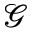
\mathcal { G }